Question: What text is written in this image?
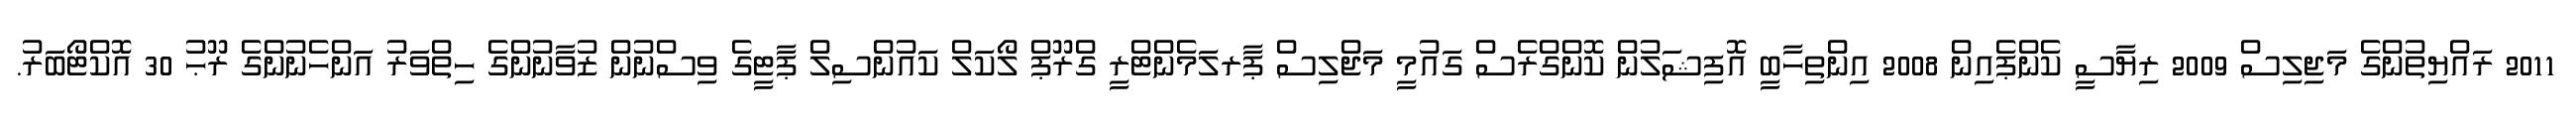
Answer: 2011 ރައްޔިތުންގެ މަޖިލިސް 2009 ރިޔާސީ ކެންޕެއިން 2008 އިންތިހާބީ އޮފިޝަލުން ކޮންގްރެސް ގައުމީ މަޖްލިސް ޕާރލަމެންޓްރީ ގްރޫޕް ލޯކަލް ކައުންސިލް ޕާޓީގެ ވިސްނުން ޒުވާނުންގެ ހިތްވަރު އަންހެނުންގެ ރޫޙު 30 އޮކްޓޯބަރު.